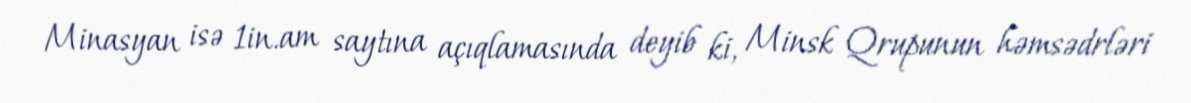
Minasyan isə 1in.am saytına açıqlamasında deyib ki, Minsk Qrupunun həmsədrləri